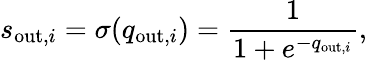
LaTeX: s_{\mathrm{out},i}=\sigma(q_{\mathrm{out},i})=\frac{1}{1+e^{-q_{\mathrm{out},i}}},